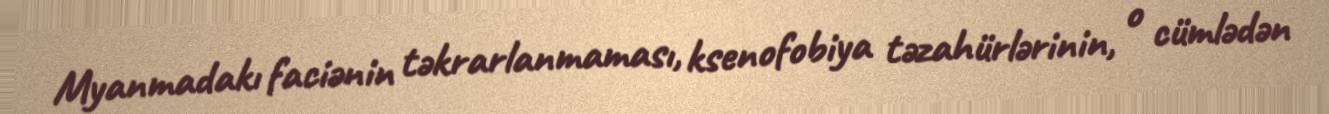
Myanmadakı faciənin təkrarlanmaması, ksenofobiya təzahürlərinin, o cümlədən